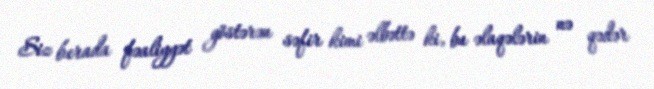
Siz burada fəaliyyət göstərən səfir kimi əlbəttə ki, bu əlaqələrin nə qədər